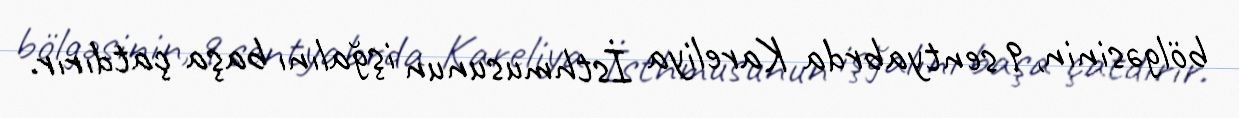
bölgəsinin, 9 sentyabrda Kareliya İsthmusunun işğalını başa çatdırır.